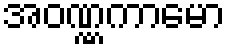
အဝဏ္ဏကာမော